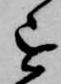
を